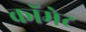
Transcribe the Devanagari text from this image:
कॉमेट